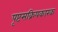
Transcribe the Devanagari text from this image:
पृष्टसक्रियकारक